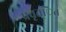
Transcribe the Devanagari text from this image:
प्रवृत्ित